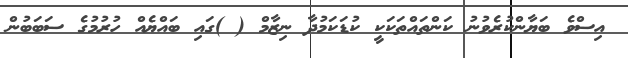
އިސްވެ ބަޔާންކުރެވުނު ކަންތައްތަކަކީ ކުޑަކަމުދާ ނިޒާމް ( )ގައި ބައްޔެއް ހުރުމުގެ ސަބަބުން